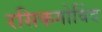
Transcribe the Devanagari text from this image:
रसिकगोविंद